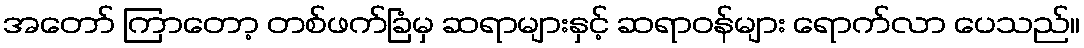
အတော် ကြာတော့ တစ်ဖက်ခြံမှ ဆရာများနှင့် ဆရာဝန်များ ရောက်လာ ပေသည်။